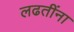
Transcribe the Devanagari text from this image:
लढतींना